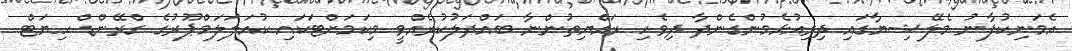
އެމަނިކުފާނު މެލޭޝިޔާގައި ދިރިއުޅެމުންގެންދާ ދިވެހި ރައްޔިތުންނާ ބައްދަލުކުރެއްވީ މިކަމަށްޓަކައި ކުއަލަލަމްޕޫރުގެ ގްރޭންޑް ހިޔަޓް